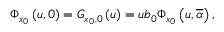
\Phi _ { x _ { 0 } } \left( u , 0 \right) = G _ { x _ { 0 } , 0 } \left( u \right) = u b _ { 0 } \Phi _ { x _ { 0 } } \left( u , \overline { { \alpha } } \right) ,